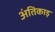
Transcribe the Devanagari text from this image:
अंतिकाड़